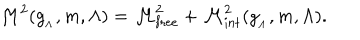
LaTeX: { \cal M } ^ { 2 } ( g _ { _ { \Lambda } } , m , \Lambda ) = { \cal M } _ { \mathrm { f r e e } } ^ { 2 } + { \cal M } _ { \mathrm { i n t } } ^ { 2 } ( g _ { _ { \Lambda } } , m , \Lambda ) .